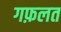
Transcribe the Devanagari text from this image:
गफ़लत